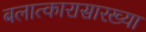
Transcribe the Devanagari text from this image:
बलात्कारासारख्या